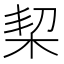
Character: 栔